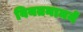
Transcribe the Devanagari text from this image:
वियतनाममें